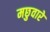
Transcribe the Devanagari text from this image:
मछुवारे